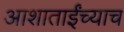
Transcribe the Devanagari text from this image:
आशाताईंच्याच